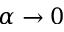
\alpha \to 0